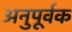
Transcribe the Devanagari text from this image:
अनुपूर्वक